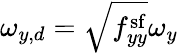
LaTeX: \omega_{y,d}=\sqrt{f_{yy}^{\mathrm{sf}}}\omega_{y}